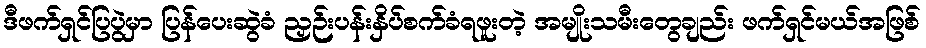
ဒီဖက်ရှင်ပြပွဲမှာ ပြန်ပေးဆွဲခံ ညှဉ်းပန်းနှိပ်စက်ခံရဖူးတဲ့ အမျိုးသမီးတွေချည်း ဖက်ရှင်မယ်အဖြစ်